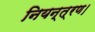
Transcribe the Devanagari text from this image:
नियन्त्रण।